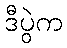
ဒီပွဲက